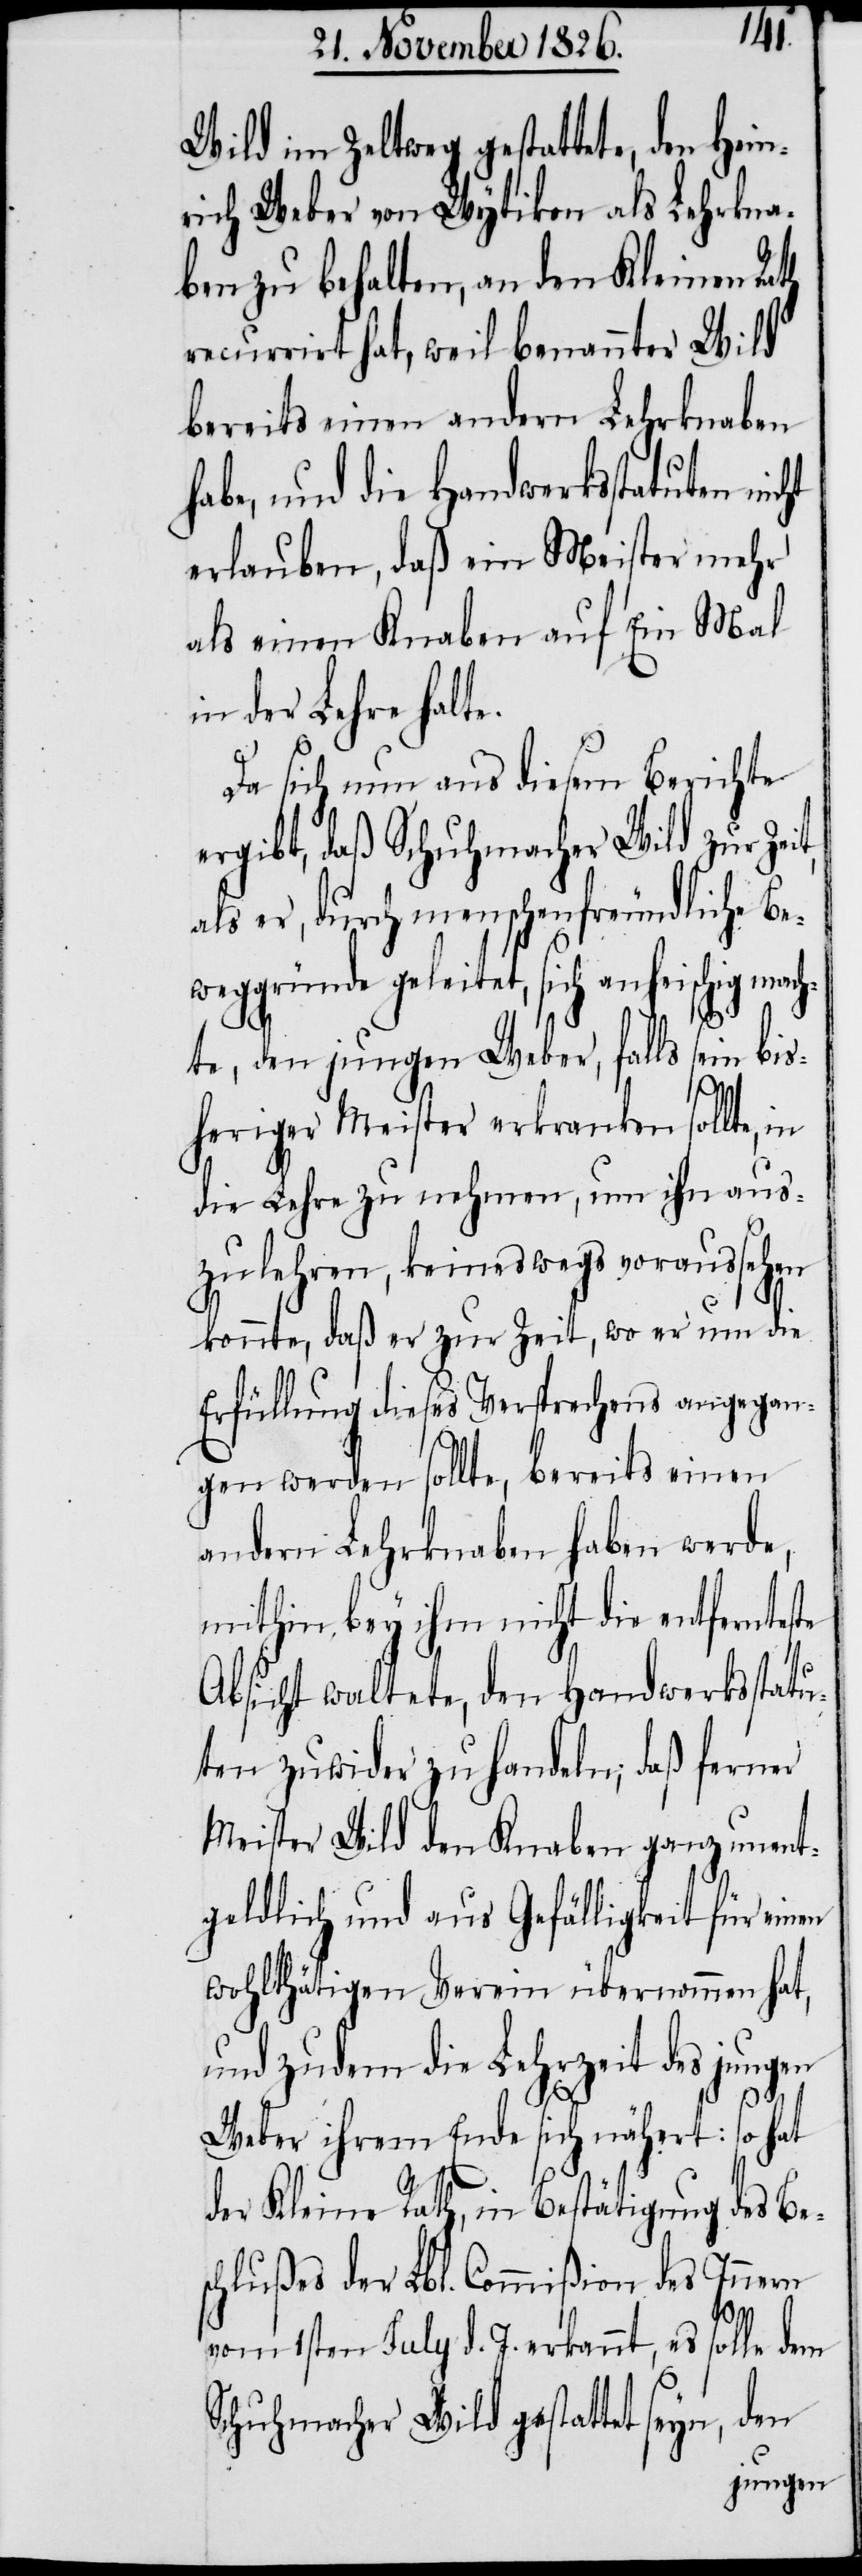
Wild im Zeltweg gestattete, den Hein¬
rich Weber von Wytikon als Lehrkna¬
ben zu behalten, an den Kleinen Rath
recurrirt hat, weil benannter Wild
bereits einen andern Lehrknaben
habe, und die Handwerkstatuten nic¬
erlauben, daß ein Meister mehr
als einen Knaben auf Ein Mal
in der Lehre halte.
Da sich nun aus diesem Berichte
ergibt, daß Schuhmacher Wild zur Ze¬
als er, durch menschenfreundliche Be¬
weggründe geleitet, sich anheischig mac¬
hte, den jungen Weber, falls sein bis¬
it,
heriger Meister erkranken sollte in
die Lehre zu nehmen, um ihn aus¬
zulehren, keineswegs voraussehen
konnte, daß er zur Zeit, wo er um die
Erfüllung dieses Versprechens angegan¬
gen werden sollte, bereits einen
andern Lehrknaben haben werde,
mithin bey ihm nicht die entfernteste
Absicht waltete, den Handwerksstatu¬
ten zuwider zu handeln, daß ferner
Meister Wild den Knaben ganz unent¬
geldlich und aus Gefälligkeit für einen
wohlthätigen Verein übernommen hat,
und zudem die Lehrzeit des jungen
Weber ihrem Ende sich nähert: so hat
der Kleine Rath, in Bestätigung des Bes¬
chlußes der Lbl. Commißion des Innern
ht
vom 1sten July d. J. erkannt, es solle dem
Schuhmacher Wild gestattet seyn, den